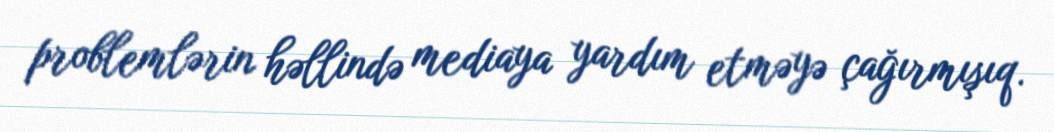
problemlərin həllində mediaya yardım etməyə çağırmışıq.